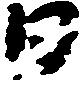
日